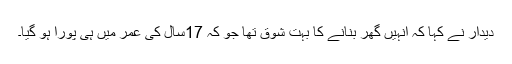
دیدار نے کہا کہ انہیں گھر بنانے کا بہت شوق تھا جو کہ 17سال کی عمر میں ہی پورا ہو گیا۔